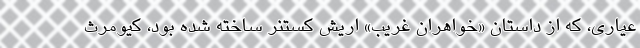
عياري، که از داستان «خواهران غريب» اريش کستنر ساخته شده بود، کيومرث